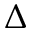
\Delta